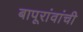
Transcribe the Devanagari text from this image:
बापूरांवांची